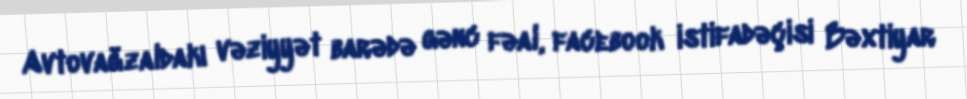
Avtovağzaldakı vəziyyət barədə gənc fəal, facebook istifadəçisi Bəxtiyar